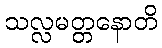
သလ္လမတ္တနောတိ